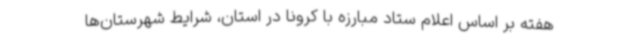
هفته بر اساس اعلام ستاد مبارزه با کرونا در استان، شرایط شهرستان‌ها